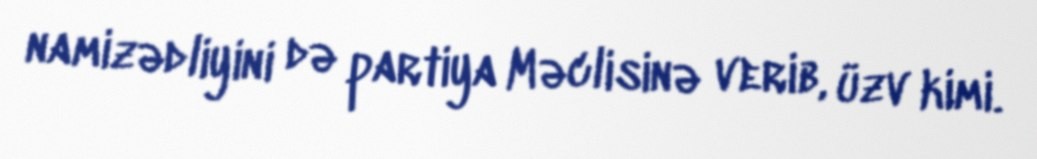
namizədliyini də partiya Məclisinə verib, üzv kimi.